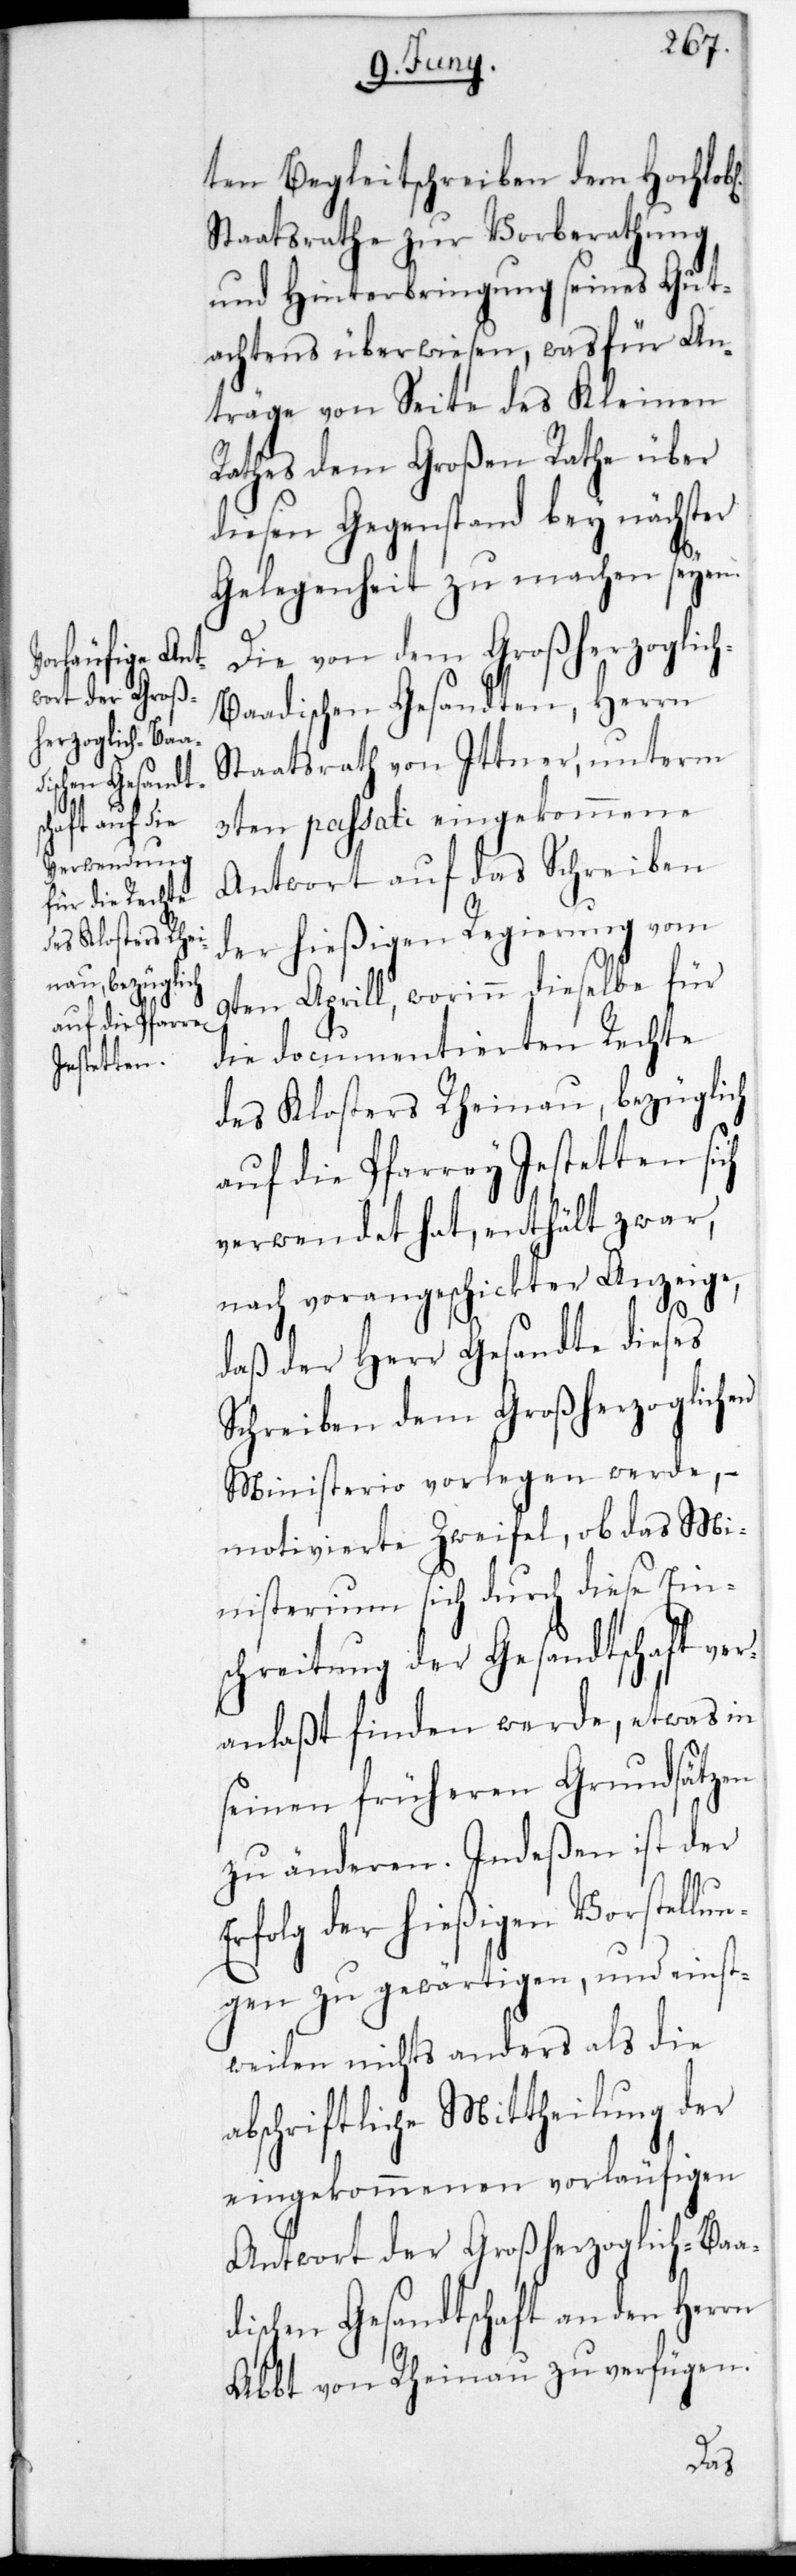
ten Begleitschreiben dem Hochlobl.
Staatsrate zur Vorberathung
und Hinterbringung seines Gut¬
achtens überwiesen, was für An¬
träge von Seite des Kleinen
Rathes dem Großen Rate über
diesen Gegenstand bey nächster
Gelegenheit zu machen seyen.
Die von dem Großherzoglic¬
h-Baadischen Gesandten, Herrn
Staatsrath von Ittner, unterm
3ten passati eingekommene
Antwort auf das Schreiben
der hießigen Regierung vom
9ten Aprill, worinn dieselbe für
die documentierten Rechte
des Klosters Rheinau, bezüglich
auf die Pfarrei Jestetten sich
verwendet hat, enthält zwar,
nach vorangeschickter Anzeige,
daß der Herr Gesandte dieses
Schreiben dem Großherzoglichen
Ministerio vorlegen werde, –
motivierte Zweifel, ob das Mi¬
nisterium sich durch diese Ein¬
schreitung der Gesandtschaft ver¬
anlaßt finden werde, etwas in
seinen früheren Grundsätzen
zu änderen. Indeßen ist der
Erfolg der hießigen Vorstellun¬
gen zu gewärtigen, und einst¬
weilen nichts anders als die
abschriftliche Mittheilung der
eingekommenen vorläufigen
Antwort der Großherzoglich-Baa¬
dischen Gesandtschaft an den Herrn
Abbt von Rheinau zu verfügen.